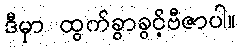
ဒီမှာ ထွက်ခွာခွင့်ဗီဇာပါ။